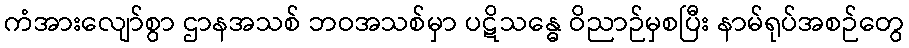
ကံအားလျော်စွာ ဌာနအသစ် ဘဝအသစ်မှာ ပဋိသန္ဓေ ဝိညာဉ်မှစပြီး နာမ်ရုပ်အစဉ်တွေ